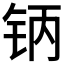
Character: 𰽥